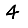
Digit: 4